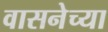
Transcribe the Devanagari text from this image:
वासनेच्या